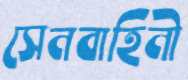
সেনবাহিনী